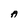
Character: A